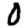
Digit: 0